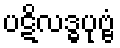
ပဋိလဒ္ဓပုဗ္ဗံ